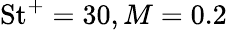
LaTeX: \mathrm{St}^{+}=30,M=0.2